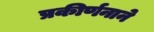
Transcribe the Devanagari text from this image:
प्रकीर्णनाने